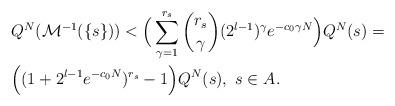
LaTeX: \begin{align*}\begin{aligned}&Q^N(\mathcal{M}^{-1}(\{s\}))< \Big(\sum_{\gamma=1}^{r_s}\binom{r_s}{\gamma}(2^{l-1})^\gamma e^{-c_0\gamma N}\Big)Q^N(s)=\\&\Big((1+2^{l-1}e^{-c_0N})^{r_s}-1\Big)Q^N(s),\ s\in A_{}.\end{aligned}\end{align*}